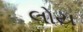
લોય